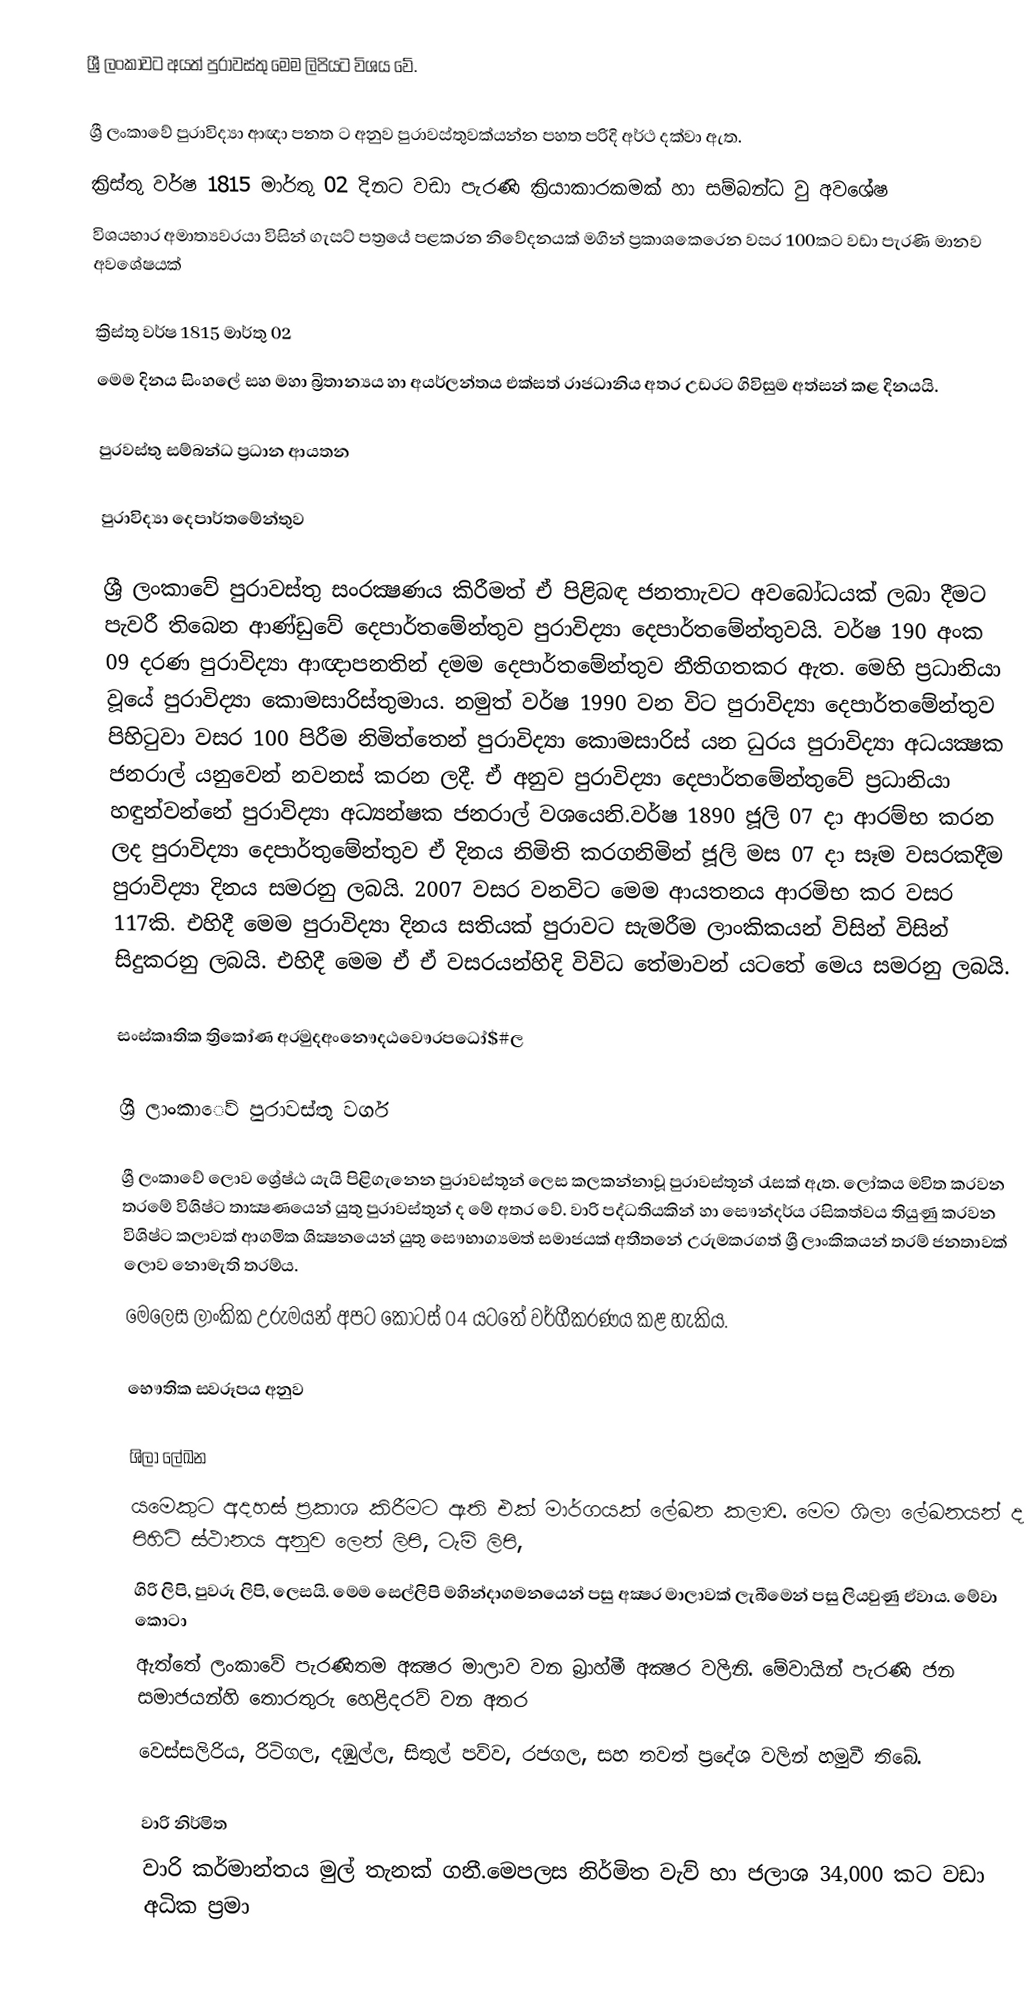
ශ්‍රී ලංකාවට අයත් පුරාවස්තු මෙම ලිපියට විශය වේ.

ශ්‍රී ලංකාවේ පුරාවිද්‍යා ආඥා පනත ට අනුව පුරාවස්තුවක්යන්න පහත පරිදි අර්ථ දක්වා ඇත.
 ක්‍රිස්තු වර්ෂ 1815 මාර්තු 02 දිනට වඩා පැරණි ක්‍රියාකාරකමක් හා සම්බන්ධ වු අවශේෂ
 විශයභාර අමාත්‍යවරයා විසින් ගැසට් පත්‍රයේ පළකරන නිවේදනයක් මගින් ප්‍රකාශකෙරෙන වසර 100කට වඩා පැරණි මානව අවශේෂයක්

ක්‍රිස්තු වර්ෂ 1815 මාර්තු 02
මෙම දිනය සිංහලේ සහ මහා බ්‍රිතාන්‍යය හා අයර්ලන්තය එක්සත් රාජධානිය අතර උඩරට ගිවිසුම අත්සන් කළ දිනයයි.

පුරවස්තු සම්බන්ධ ප්‍රධාන ආයතන

පුරාවිද්‍යා දෙපාර්තමේන්තුව

ශ්‍රී ලංකාවේ පුරාවස්තු සංරක්‍ෂණය කිරීමත් ඒ පිළිබඳ ජනතාැවට අවබෝධයක් ලබා දීමට පැවරී තිබෙන ආණ්ඩුවේ දෙපාර්තමේන්තුව පුරාවිද්‍යා දෙපාර්තමේන්තුවයි. වර්ෂ 190 අංක 09 දරණ පුරාවිද්‍යා ආඥාපනතින් දමම දෙපාර්තමේන්තුව නීතිගතකර ඇත. මෙහි ප්‍රධානියා වූයේ පුරාවිද්‍යා ‍කොමසාරිස්තුමාය. නමුත් වර්ෂ 1990 වන විට පුරාවිද්‍යා දෙපාර්තමේන්තුව පිහිටුවා වසර 100 පිරීම නිමිත්තෙන් පුරාවිද්‍යා කොමසාරිස් යන ධුරය පුරාවිද්‍යා අධයක්‍ෂක ජනරාල් යනුවෙන් නවනස් කරන ලදී. ඒ අනුව පුරාවිද්‍යා  දෙපාර්තමේන්තු‍වේ ප්‍රධානියා හඳුන්වන්නේ පුරාවිද්‍යා අධ්‍යන්‍ෂක ජනරාල් වශයෙනි.වර්ෂ 1890 ජූලි 07 දා ආරම්භ කරන ලද පුරාවිද්‍යා දෙපාර්තුමේන්තුව ඒ දිනය නිමිති කරගනිමින් ජූලි මස 07 දා සෑම වසරකදීම පුරාවිද්‍යා දිනය සමරනු ලබයි. 2007 වසර වනවිට මෙම ආයතනය ආරමිභ කර වසර 117කි. එහිදී මෙම පුරාවිද්‍යා දිනය සතියක් පුරාවට සැමරීම ලාංකිකයන් විසින් විසින් සිදුකරනු ලබයි. එහිදී මෙම ඒ ඒ වසරයන්හිදි විවිධ තේමාවන් යටතේ මෙය සමරනු ලබයි.

සංස්කෘතික ත්‍රිකෝණ අරමුදඅංනෞදඨවෞරපධෝ$#ල

ශ්‍රී ලාංකාෙව් පුරාවස්තු වර්ග

ශ්‍රී ලංකාවේ ලොව ‍ශ්‍රේෂ්ඨ යැයි පිළිගැනෙන පුරාවස්තූන් ලෙස කලකන්නාවූ පුරාවස්තූන් රැසක් ඇත. ලෝකය මවිත කරවන තරමේ විශිෂ්ට තාක්‍ෂණයෙන් යුතු පුරාවස්තුන් ද මේ අතර වේ. වාරි පද්ධතියකින් හා සෞන්දර්ය රසිකත්වය තියුණු  කරවන විශිෂ්ට කලාවක් ආගමික ශික්‍ෂනයෙන් යුතු සෞභාග්‍යමත් සමාජයක් අතීතනේ උරුමකරගත් ශ්‍රී ලාංකිකයන් තරම් ජනතාවක් ලොව නොමැති තරම්ය.
මෙලෙස ලාංකික‍ උරුමයන් අපට කෙ‍ාටස් 04 ‍යටතේ වර්ගීකරණය කළ හැකිය.

භෞතික ස‍්වරූපය අනුව

ශිලා ලේඛන
යමෙකුට අදහස් ප්‍රකාශ කිරීමට ඇති එක් මාර්ගයක් ලේඛන කලාව. මෙම ශිලා ලේඛනයන් ද පිහිටි ස්ථානය අනුව ලෙන් ලිපි, ටැම් ලිපි,
ගිරි ලිපි, පුවරු ලිපි, ලෙසයි. මෙම සෙල්ලිපි මහින්දාගමනයෙන් පසු අක්‍ෂර මාලාවක් ලැබීමෙන් පසු ලියවුණු ඒවාය. ‍මේවා කොටා
ඇත්තේ ලංකාවේ පැරණිතම අක්‍ෂර මාලාව වන බ්‍රාහ්මී අක්‍ෂර වලිනි. මේවායින් පැරණි ජන සමාජයන්හි තොරතුරු හෙළිදරව් වන අතර
වෙස්සලිරිය, රිටිගල, දඹුල්ල, සිතුල් පව්ව, රජගල, සහ තවත් ප්‍රදේශ වලින් හමුවී තිබේ.

වාරි නිර්මිත
වාරි කර්මාන්තය මුල් තැනක් ගනී.මෙපලස නිර්මිත වැව් හා ජලාශ 34,000 කට වඩා අධික ප්‍රමා